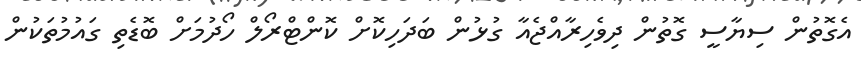
އެގޮތުން ސިޔާސީ ގޮތުން ދިވެހިރާއްޖެއާ ގުޅުން ބަދަހިކޮށް ކޮންޓްރޯލް ހޯދުމަށް ބޮޑެތި ގައުމުތަކުން